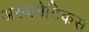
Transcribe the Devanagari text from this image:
अस्थमेटिकस